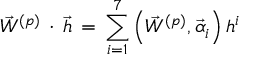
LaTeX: { \vec { W } } ^ { ( p ) } \, \cdot \, { \vec { h } } \, = \, \sum _ { i = 1 } ^ { 7 } \left( { \vec { W } } ^ { ( p ) } , { \vec { \alpha } _ { i } } \right) h ^ { i }